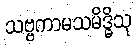
သဗ္ဗကာမသမိဒ္ဓိသု